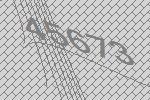
45673